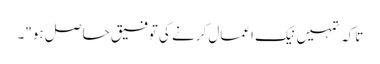
تاکہ تمہیں نیک اعمال کرنے کی توفیق حاصل ہو"۔